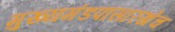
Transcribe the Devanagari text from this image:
मुख्यमंडपासारखेच